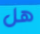
هل